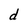
Character: d